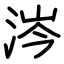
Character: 涔